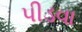
પીડવા